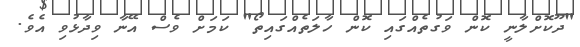
"ދޫކޮށްލާނީ ކޮން ވަގުތެއްގައި ކޮން ހާލަތެއްގައިތޯ" ކަމަށް ވެސް އޭނާ ވިދާޅުވި އެވެ.